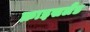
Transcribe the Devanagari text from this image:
फ्राइसलैंड